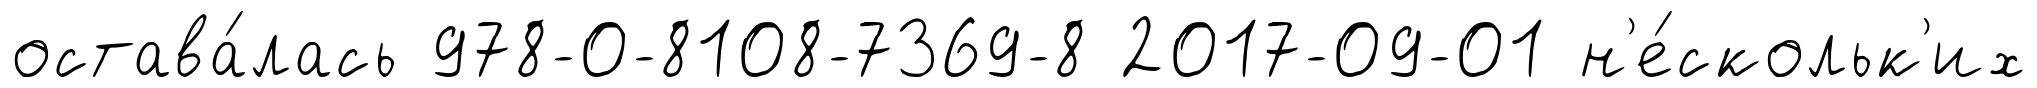
остава́лась 978-0-8108-7369-8 2017-09-01 н'е́скольк'их